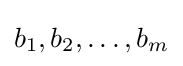
b_{1},b_{2},\dots ,b_{m}